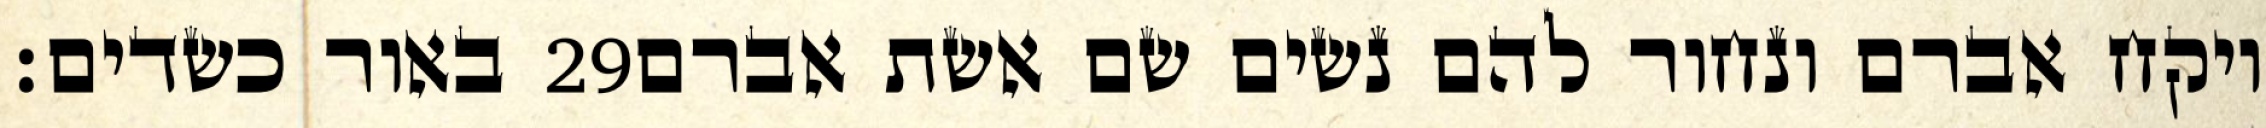
באור כשדים׃ ‎29‏ ויקח אברם ונחור להם נשים שם אשת אברם